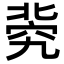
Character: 𥦚